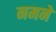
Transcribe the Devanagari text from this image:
नमने